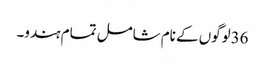
36لوگوں کے نام شامل تمام ہندو۔